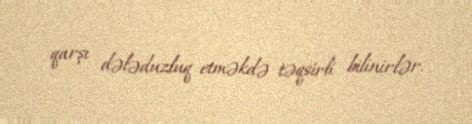
qarşı dələduzluq etməkdə təqsirli bilinirlər.